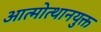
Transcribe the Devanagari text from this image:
आत्मोत्थानयुक्त